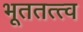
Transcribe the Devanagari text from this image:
भूततत्त्व